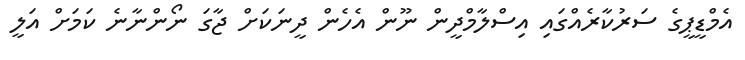
އެމްޑީޕީގެ ސަރުކާރެއްގައި އިސްލާމްދީން ނޫން އެހެން ދީނަކަށް ޖާގަ ނޯންނާނެ ކަމަށް އަލީ